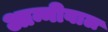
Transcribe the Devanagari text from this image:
आन्नीवाल